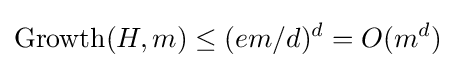
\operatorname {Growth} (H,m)\leq (em/d)^{d}=O(m^{d})